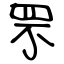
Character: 罘